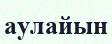
аулайын